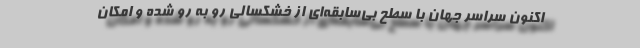
اکنون سراسر جهان با سطح بی‌سابقه‌ای از خشکسالی رو به رو شده و امکان